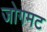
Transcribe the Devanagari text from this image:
जोगमट